Annual report of the Madras Medical College
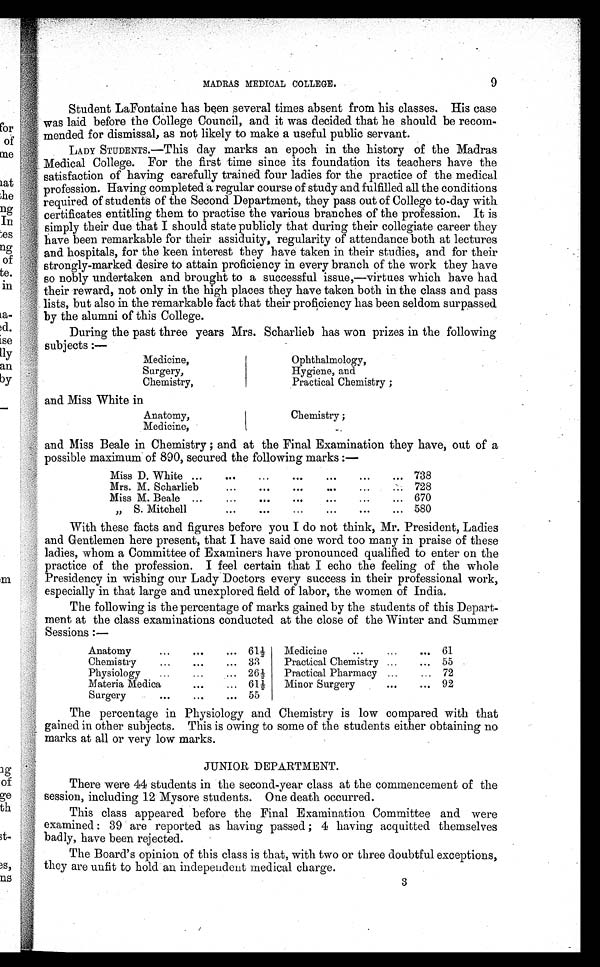
MADRAS MEDICAL COLLEGE.
9
Student LaFontaine has been several times absent from his classes. His case
was laid before the College Council, and it was decided that he should be recom-
mended for dismissal, as not likely to make a useful public servant.
LADY STUDENTS.—This day marks an epoch in the history of the Madras
Medical College. For the first time since its foundation its teachers have the
satisfaction of having carefully trained four ladies for the practice of the medical
profession. Having completed a regular course of study and fulfilled all the conditions
required of students of the Second Department, they pass out of College to-day with
certificates entitling them to practise the various branches of the profession. It is
simply their due that I should state publicly that during their collegiate career they
have been remarkable for their assiduity, regularity of attendance both at lectures
and hospitals, for the keen interest they have taken in their studies, and for their
strongly-marked desire to attain proficiency in every branch of the work they have
so nobly undertaken and brought to a successful issue,—virtues which have had
their reward, not only in the high places they have taken both in the class and pass
lists, but also in the remarkable fact that their proficiency has been seldom surpassed
by the alumni of this College.
During the past three years Mrs. Scharlieb has won prizes in the following
subject
s :–
Medicine,
Ophthalmology,
Surgery,
Hygiene, and
Chemistry,
Practical Chemistry ;
and Miss White in
Anatomy,
Chemistry ;
Medicine,
_
and Miss Beale in Chemistry ; and at the Final Examination they have, out of a
possible maximum of 890, secured the following marks :—
Miss D. White ...
...
...
...
...
...
... 738
Mrs. M. Scharlieb
...
...
...
... ...
728
Miss M. Beale
...
...
...
...
...
...
... 670
„
S. Mitchell
...
...
...
...
...
. . . . . . 580
With these facts and figures before you I do not think, Mr. President, Ladies
and Gentlemen here present, that I have said one word too many in praise of these
ladies, whom a Committee of Examiners have pronounced qualified to enter on the
practice of the profession. I feel certain that I echo the feeling of the whole
Presidency in wishing our Lady Doctors every success in their professional work,
especially in that large and unexplored field of labor, the women of India.
The following is the percentage of marks gained by the students of this Depart-
ment at the class examinations conducted at the close of the Winter and Summer
Sessions :–
Anatomy
...
. . .
. . . 61 ½
Medicine
... ...
. . .
61
Chemistry
...
...
... 33
Practical Chemistry ...
... 55
Physiology
...
...
... 26½
Practical Pharmacy ...
... 72
Materia Medica
...
... 61½
Minor Surgery
...
... 92
Surgery
...
...
... 55
The percentage in Physiology and Chemistry is low compared with that
gained in other subjects. This is owing to some of the students either obtaining no
marks at all or very low marks.
JUNIOR DEPARTMENT.
There were 44 students in the second-year class at the commencement of the
session, including 12 Mysore students. One death occurred.
This class appeared before the Final Examination Committee and were
examined : 39 are reported as having passed ; 4 having acquitted themselves
badly, have been rejected.
The Board's opinion of this class is that, with two or three doubtful exceptions,
they are unfit to hold an independent medical charge.
3